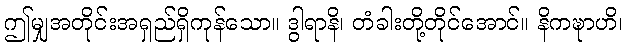
ဤမျှအတိုင်းအရှည်ရှိကုန်သော။ ဒွါရာနိ၊ တံခါးတို့တိုင်အောင်။ နိကဍ္ဎာဟိ၊